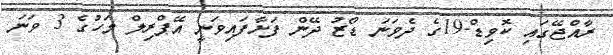
ރާއްޖޭގައި ކޮވިޑް-19ގެ ދެވަނަ ޑޯޒު ދޭން ފަށާފައިވަނީ އޭޕްރިލް މަހުގެ 3 ވަނަ